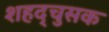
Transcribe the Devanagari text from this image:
शहद्चुसक